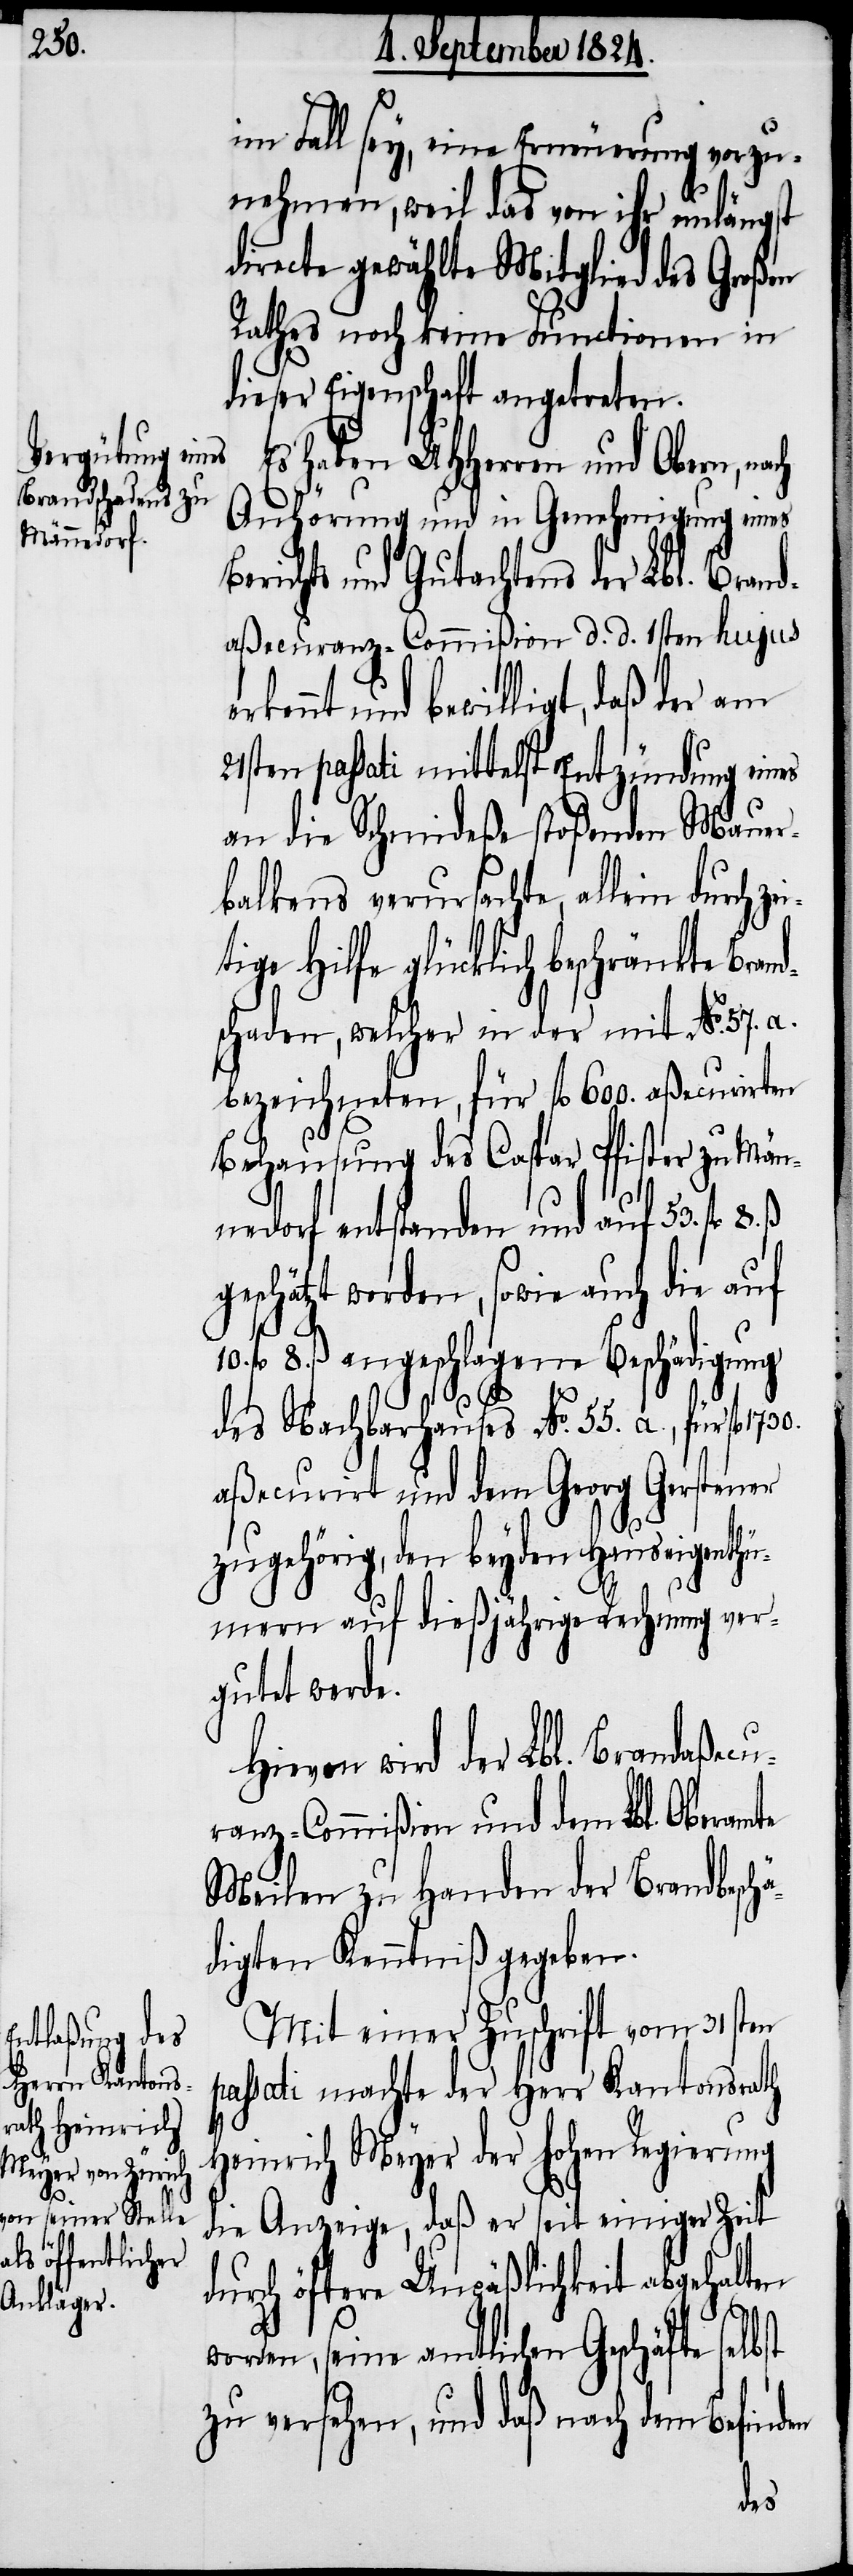
ä¬

im Fall sey, eine Erneuerung vorzu¬
nehmen, weil das von ihr unlängst
directe gewählte Mitglied des Großen
Rathes noch keine Functionen in
dieser Eigenschaft angetreten.
Es haben UHHerren und Obern, nach
Anhörung und in Genehmigung eines
Berichts und Gutachtens der Lbl. Brand¬
aßecuranz-Commißion d. d. 1sten hujus
rkennt und bewilligt, daß der am
21sten passati mittelst Entzündung eines
an die Schmideße stoßenden Mauer¬
balkens verursachte, allein durch ze¬
ige Hilfe glücklich beschränkte Bran¬
schaden, welcher in der mit No.
bezeichneten, für fl 600. aßecurirten
Behausung des Caspar Pfister zu Män¬
nedorf entstanden und auf 53. fl 8.
geschätzt worden, sowie auch die auf
10. fl 8. ß. angeschlagene Beschädigung
bst
des Nachbarhauses No. 55. a., für fl
aßecurirt und dem Georg Gerstener
zugehörig, den beyden Hauseigenth¬
ümern auf dießjährige Rechnung ver¬
gutet werde.
Hievon wird der Lbl. Brandaßecu¬
ranz-Commißion und dem Lbl. Oberamte
Meilen zu Handen der Brandbesch¬
digten Kenntniß gegeben.
Mit einer Zuschrift vom 31sten
passati machte der Herr Kantonsrath
Heinrich Meyer der hohen Regierung
die Anzeige, daß er seit einiger Zeit
durch öftere Unpäßlichkeit abgehalten
worden, seine amtlichen Geschäfte sel¬
zu versehen, und daß nach dem Befin¬
den